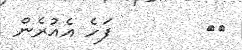
٤٥        ފަހެ އެއުރެން